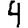
Digit: 4